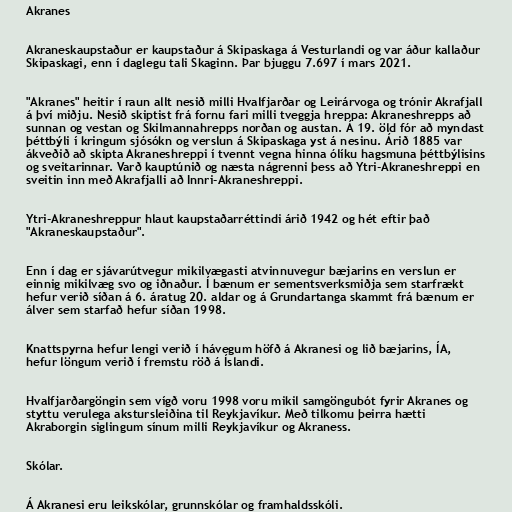
Akranes

Akraneskaupstaður er kaupstaður á Skipaskaga á Vesturlandi og var áður kallaður
Skipaskagi, enn í daglegu tali Skaginn. Þar bjuggu 7.697 í mars 2021.

"Akranes" heitir í raun allt nesið milli Hvalfjarðar og Leirárvoga og trónir Akrafjall
á því miðju. Nesið skiptist frá fornu fari milli tveggja hreppa: Akraneshrepps að
sunnan og vestan og Skilmannahrepps norðan og austan. Á 19. öld fór að myndast
þéttbýli í kringum sjósókn og verslun á Skipaskaga yst á nesinu. Árið 1885 var
ákveðið að skipta Akraneshreppi í tvennt vegna hinna ólíku hagsmuna þéttbýlisins
og sveitarinnar. Varð kauptúnið og næsta nágrenni þess að Ytri-Akraneshreppi en
sveitin inn með Akrafjalli að Innri-Akraneshreppi.

Ytri-Akraneshreppur hlaut kaupstaðarréttindi árið 1942 og hét eftir það
"Akraneskaupstaður".

Enn í dag er sjávarútvegur mikilvægasti atvinnuvegur bæjarins en verslun er
einnig mikilvæg svo og iðnaður. Í bænum er sementsverksmiðja sem starfrækt
hefur verið síðan á 6. áratug 20. aldar og á Grundartanga skammt frá bænum er
álver sem starfað hefur síðan 1998.

Knattspyrna hefur lengi verið í hávegum höfð á Akranesi og lið bæjarins, ÍA,
hefur löngum verið í fremstu röð á Íslandi.

Hvalfjarðargöngin sem vígð voru 1998 voru mikil samgöngubót fyrir Akranes og
styttu verulega akstursleiðina til Reykjavíkur. Með tilkomu þeirra hætti
Akraborgin siglingum sínum milli Reykjavíkur og Akraness.

Skólar.

Á Akranesi eru leikskólar, grunnskólar og framhaldsskóli.